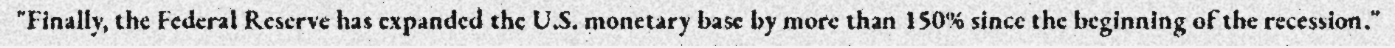
"Finally, the Federal Reserve has expanded the U.S. monetary base by more than 150% since the beginning of the recession."